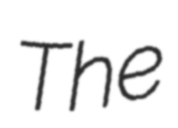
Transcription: The